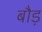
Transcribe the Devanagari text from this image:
बौड़